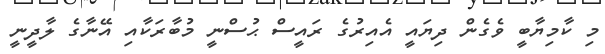
މި ކާމިޔާބީ ވެގެން ދިޔައީ އެއިރުގެ ރައީސް ޙުސްނީ މުބާރަކާއި އޭނާގެ ލާދީނީ